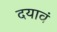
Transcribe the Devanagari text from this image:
दयावं